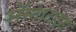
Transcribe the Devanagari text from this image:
अॅस्टाटाइड